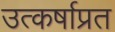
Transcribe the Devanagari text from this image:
उत्कर्षाप्रत